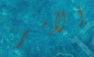
الأمر